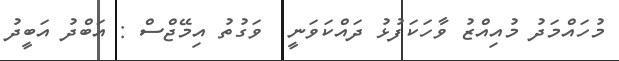
މުހައްމަދު މުއިއްޒު ވާހަކަފުޅު ދައްކަވަނީ  ވަގުތު އިމޭޖްސް : އަބްދު އަބީދު